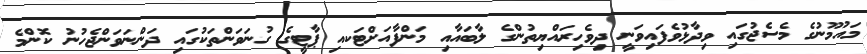
މައުމޫނުގެ މެސެޖުގައި ވިދާޅުވެފައިވަނީ ދިވެހިރައްޔިތުންގެ ލާބައާއި މަންފާއަށްޓަކއި ޕާޓީގެ ގުނަވަންތަކުގައި ދަންނަވަންޖެހުނު ކޮންމެ